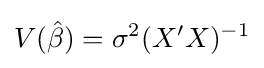
V({\hat {\beta }})=\sigma ^{2}(X'X)^{-1}